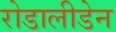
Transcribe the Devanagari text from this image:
रोडालीडेन